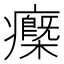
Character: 𤻿